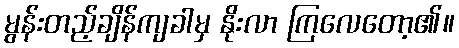
မွန်းတည့်ချိန်ကျခါမှ နိုးလာ ကြလေတော့၏။